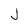
Character: J